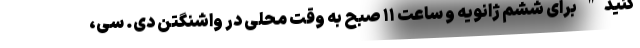
کنید" برای ششم ژانویه و ساعت ۱۱ صبح به وقت محلی در واشنگتن دی. سی،